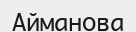
Айманова